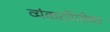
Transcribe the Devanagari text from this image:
व्यंकटगिरीवर